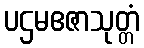
ပဌမဧဇာသုတ္တံ